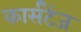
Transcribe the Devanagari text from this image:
कार्सटेंज